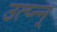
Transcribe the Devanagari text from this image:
उत्प्‍न्न्